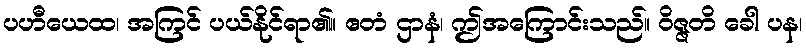
ပဟီယေထ၊ အကြင် ပယ်နိုင်ရာ၏။ ဧတံ ဌာနံ၊ ဤအကြောင်းသည်။ ဝိဇ္ဇတိ ခေါ ပန၊